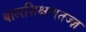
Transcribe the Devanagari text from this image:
बालशिक्षणतज्ज्ञ